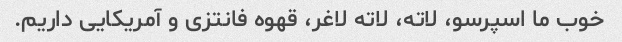
خوب ما اسپرسو، لاته، لاته لاغر، قهوه فانتزی و آمریکایی داریم.